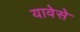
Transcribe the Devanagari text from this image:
यावेसे